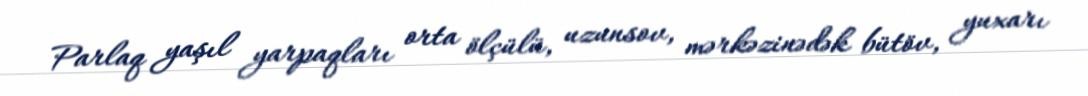
Parlaq yaşıl yarpaqları orta ölçülü, uzunsov, mərkəzinədək bütöv, yuxarı